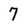
Character: 7